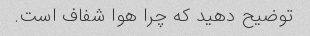
توضیح دهید که چرا هوا شفاف است.